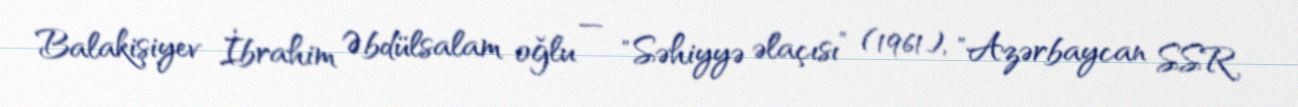
Balakişiyev İbrahim Əbdülsalam oğlu — "Səhiyyə əlaçısı” (1961), "Azərbaycan SSR